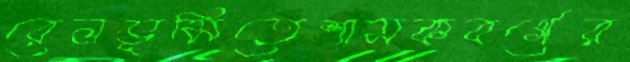
রেলভূমিতেশাসকবর্গের